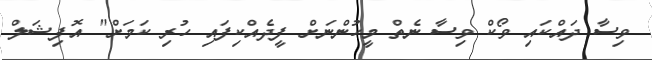
ވިސާ ދައްކައި ވޯކް ވިސާ ނެތް މީހުންނަށް ފީދެއްކިފައި ހުރި ކަމަށް" އޮފިޝަލް